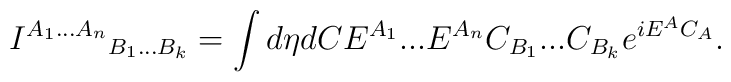
{I^{A_1...A_n}}_{B_1...B_k}=\int d\eta dC E^{A_1}...E^{A_n} C_{B_1}...C_{B_k} e^{iE^AC_A}.